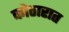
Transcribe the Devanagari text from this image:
कोठारात